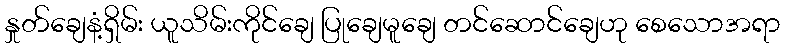
နှုတ်ချေနံ့ရှိမ်း ယူသိမ်းကိုင်ချေ ပြုချေမူချေ တင်ဆောင်ချေဟု စေသောအရာ